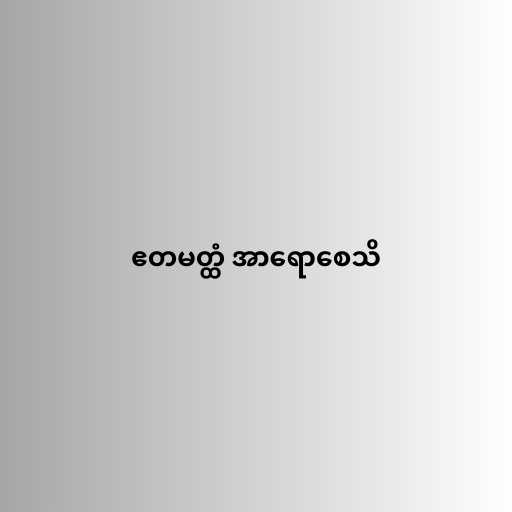
ဧတမတ္ထံ အာရောစေသိ